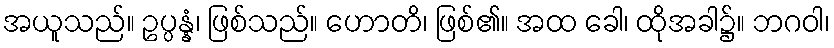
အယူသည်။ ဥပ္ပန္နံ၊ ဖြစ်သည်။ ဟောတိ၊ ဖြစ်၏။ အထ ခေါ၊ ထိုအခါ၌။ ဘဂဝါ၊